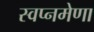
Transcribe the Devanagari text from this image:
स्वप्नमेणा